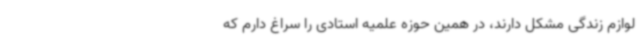
لوازم زندگی مشکل دارند، در همین حوزه علمیه استادی را سراغ دارم که